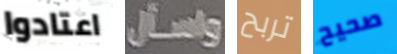
اعتادوا واسأل تربح صحيح